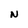
Character: N